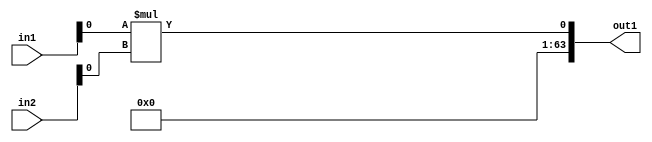
`timescale 1ps / 1ps
/*****************************************************************************
    Verilog RTL Description
    
    
    Created by: Stratus DpOpt 2019.1.01 
*******************************************************************************/

module GaussFilter_Mul_64Sx32S_64S_1 (
	in2,
	in1,
	out1
	); /* architecture "behavioural" */ 
input [63:0] in2;
input [31:0] in1;
output [63:0] out1;
wire  asc001;

assign asc001 = 
	+(in1[0] * in2[0]);

assign out1 = {{63{1'B0}}, asc001};
endmodule

/* CADENCE  ubPzTg0= : u9/ySgnWtBlWxVPRXgAZ4Og= ** DO NOT EDIT THIS LINE ******/